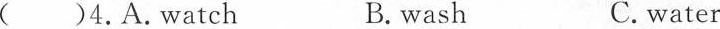
( )4. A. Watch B. wash C. water